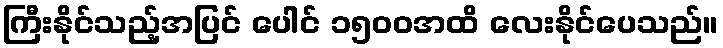
ကြီးနိုင်သည့်အပြင် ပေါင် ၁၅၀၀အထိ လေးနိုင်ပေသည်။